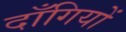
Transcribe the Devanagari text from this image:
दाँगियों